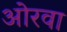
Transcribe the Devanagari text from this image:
ओरवा